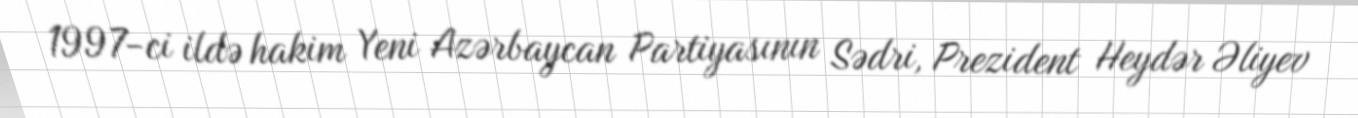
1997-ci ildə hakim Yeni Azərbaycan Partiyasının Sədri, Prezident Heydər Əliyev